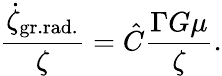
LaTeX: {\frac{\dot{\zeta}_{\mathrm{gr.rad.}}}{\zeta}}=\hat{C}{\frac{\Gamma G\mu}{\zeta}}.